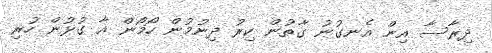
ދިރާސާ އިން އެނގުނު ގާތުން ކިރު ދިނުމުން ހޯމޯން އާ ގުޅުން ހުރި